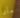
مارا